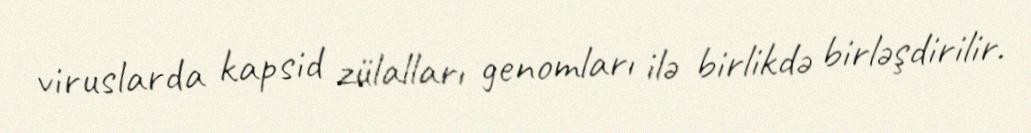
viruslarda kapsid zülalları genomları ilə birlikdə birləşdirilir.